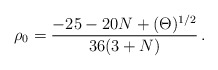
\begin{align*}\rho_0 =\frac{-25 - 20 N+(\Theta)^{1/2}}{36(3+N)}\,.\end{align*}